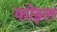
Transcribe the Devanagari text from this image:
फोइल